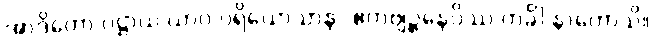
အာဒိတော ပဋ္ဌာယ ယာဝ ပရိယောသာနာ ဧကဗျဉ္ဇနေပိဿ ကင်္ခါ နာဟောသိ။